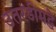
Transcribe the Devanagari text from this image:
उतरंडीमद्धे